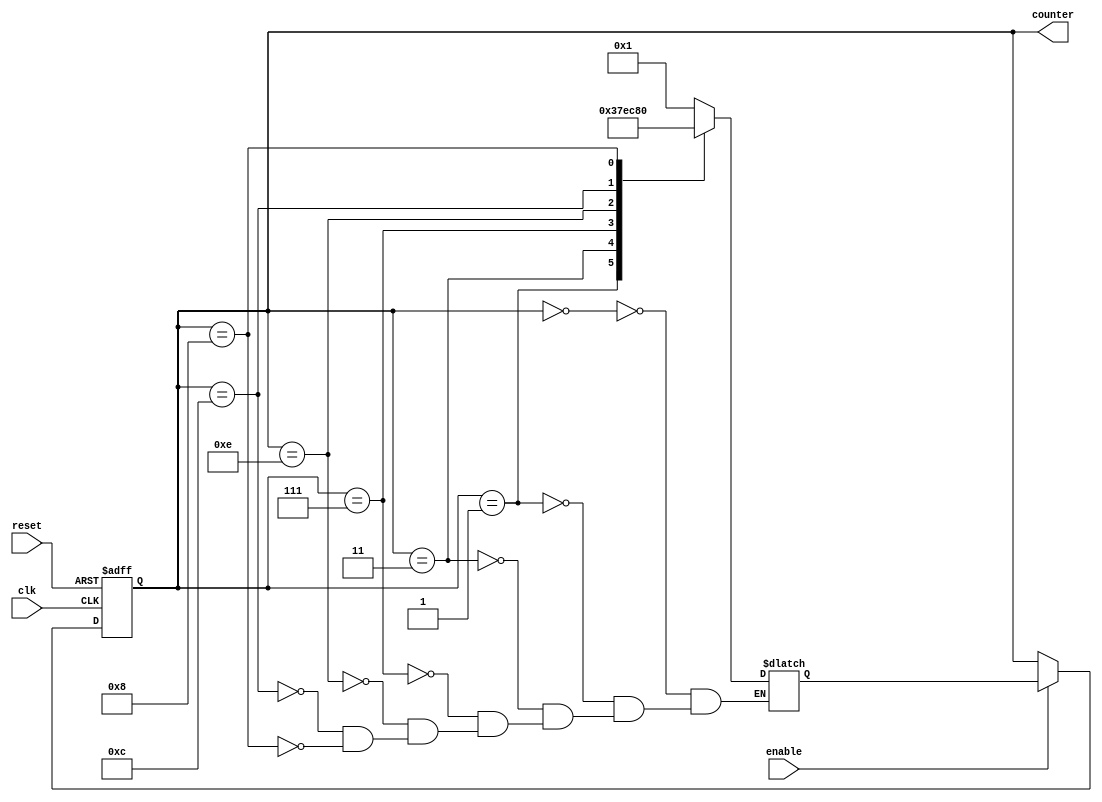
module Johnson_Counter_with_Enable(
  input clk,
  input reset,
  input enable,
  output reg [3:0] counter
);

reg [3:0] next_counter;

always @(posedge clk or posedge reset) begin
  if (reset) begin
    counter <= 4'b0000;
  end else if (enable) begin
    counter <= next_counter;
  end
end

always @* begin
  case (counter)
    4'b0000: next_counter = 4'b0001;
    4'b0001: next_counter = 4'b0011;
    4'b0011: next_counter = 4'b0111;
    4'b0111: next_counter = 4'b1110;
    4'b1110: next_counter = 4'b1100;
    4'b1100: next_counter = 4'b1000;
    4'b1000: next_counter = 4'b0000;
  endcase
end

endmodule